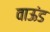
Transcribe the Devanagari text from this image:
वाऊंड